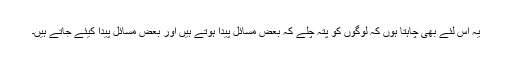
یہ اس لئے بھی چاہتا ہوں کہ لوگوں کو پتہ چلے کہ بعض مسائل پیدا ہوتے ہیں اور بعض مسائل پیدا کیئے جاتے ہیں۔